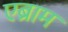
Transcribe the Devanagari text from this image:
एब्राम